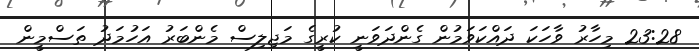
23:28 މިހާރު ވާހަކަ ދައްކަވަމުން ގެންދަވަނީ ކުރީގެ މަޖިލިސް މެންބަރު އަހުމަދު ތަސްމީން